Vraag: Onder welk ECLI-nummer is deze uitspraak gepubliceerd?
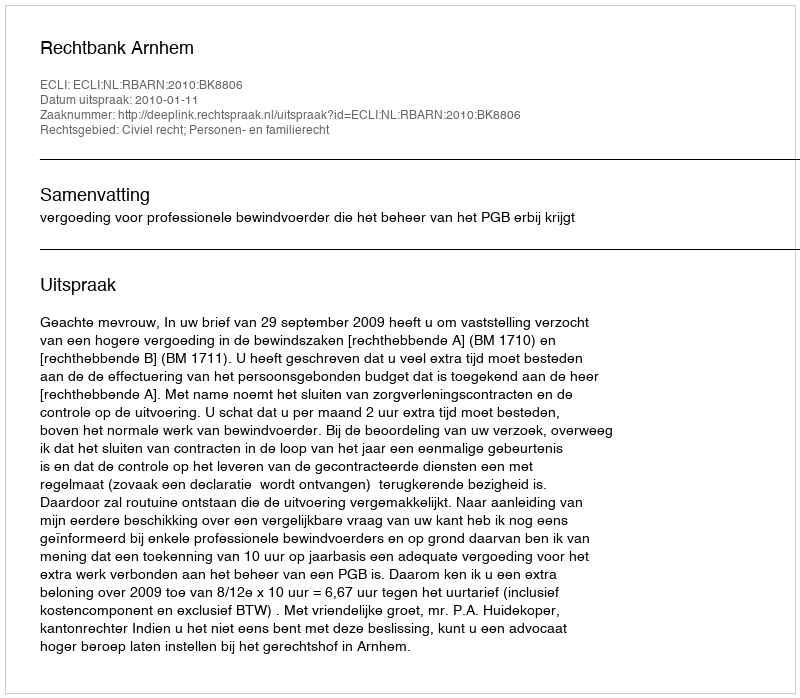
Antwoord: ECLI:NL:RBARN:2010:BK8806